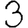
Digit: 3